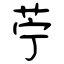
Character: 苧